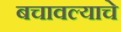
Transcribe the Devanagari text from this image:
बचावल्याचे